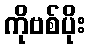
ကိုဗစ်ပိုး